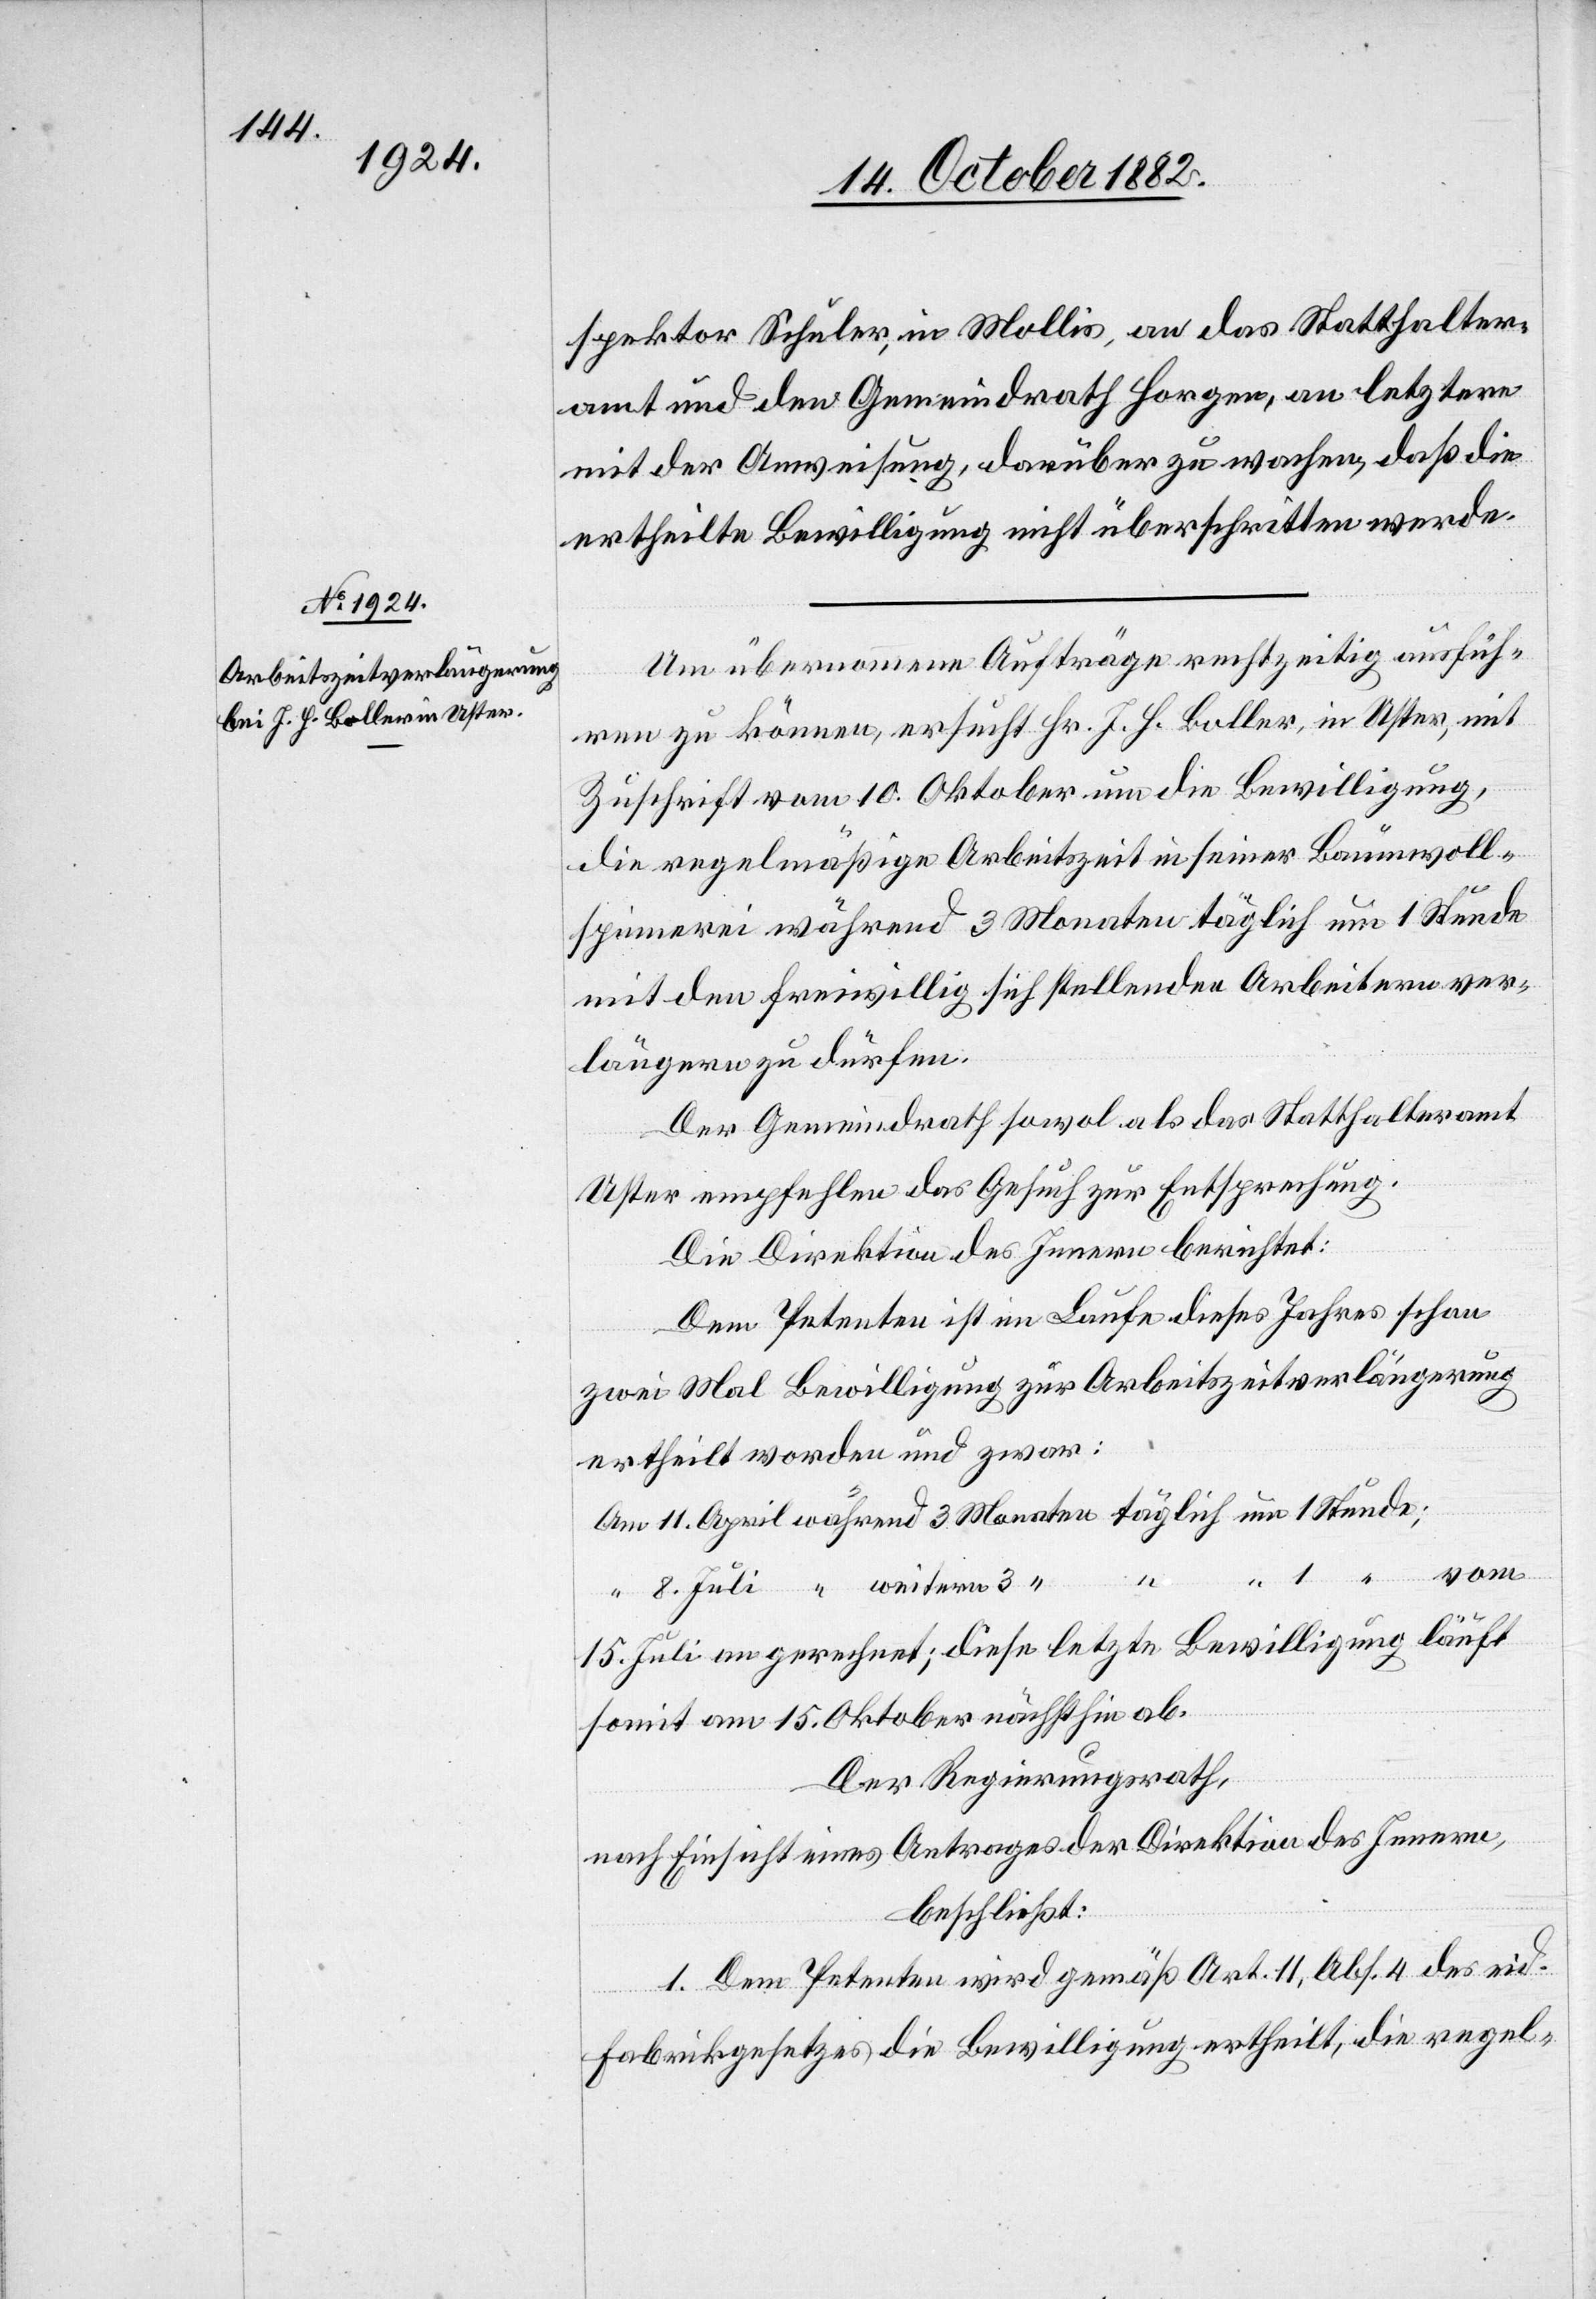
spektor Schuler, in Mollis, an das Statthalter¬
amt und den Gemeindrath Horgen, an letztern
mit der Anweisung, darüber zu wachen, daß die
ertheilte Bewilligung nicht überschritten werde.
Um übernommene Aufträge rechtzeitig ausfüh¬
ren zu können, ersucht Hr. J. H. Boller, in Uster, mit
Zuschrift vom 10. Oktober um die Bewilligung,
die regelmäßige Arbeitszeit in seiner Baumwoll¬
spinnerei während 3 Monaten täglich um 1 Stunde
mit den freiwillig sich stellenden Arbeitern ver¬
längern zu dürfen.
Der Gemeindrath sowol als das Statthalteramt
Uster empfehlen das Gesuch zur Entsprechung.
Die Direktion des Innern berichtet:
Dem Petenten ist im Laufe dieses Jahres schon
zwei Mal Bewilligung zur Arbeitszeitverlängerung
ertheilt worden und zwar:
11. April
1
vom
15. Juli an gerechnet; diese letzte Bewilligung läuft
somit am 15. Oktober nächsthin ab.
Der Regierungsrath,
nach Einsicht eines Antrages der Direktion des Innern,
beschließt:
1. Dem Petenten wird gemäß Art. 11, Abs. 4 des eid.
Fabrikgesetzes die Bewilligung ertheilt, die regel-